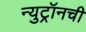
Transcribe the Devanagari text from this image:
न्युट्रॉनची